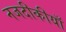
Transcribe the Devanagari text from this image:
नजदीकीयाँ